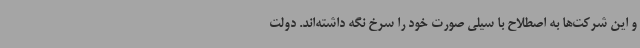
و این شرکت‌ها به اصطلاح با سیلی صورت خود را سرخ نگه داشته‌اند. دولت